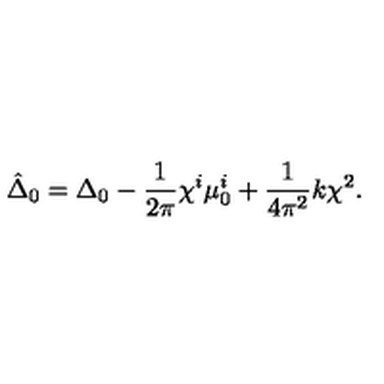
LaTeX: \hat { \Delta } _ { 0 } = \Delta _ { 0 } - \frac { 1 } { 2 \pi } \chi ^ { i } \mu _ { 0 } ^ { i } + \frac { 1 } { 4 \pi ^ { 2 } } k \chi ^ { 2 } .